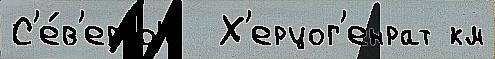
С'е́в'ерный  Х'ерцог'енрат км